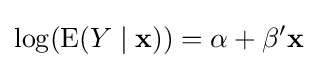
\log(\operatorname {E} (Y\mid \mathbf {x} ))=\alpha +\mathbf {\beta } '\mathbf {x}